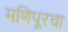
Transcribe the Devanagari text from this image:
मणिपूरचा